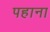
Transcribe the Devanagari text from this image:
पहाना